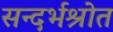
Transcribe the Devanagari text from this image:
सन्दर्भश्रोत